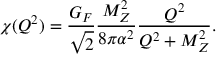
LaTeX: \chi ( Q ^ { 2 } ) = \frac { G _ { F } } { \sqrt { 2 } } \frac { M _ { Z } ^ { 2 } } { 8 \pi \alpha ^ { 2 } } \frac { Q ^ { 2 } } { Q ^ { 2 } + M _ { Z } ^ { 2 } } .